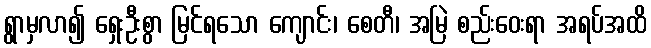
ရွာမှလာ၍ ရှေးဦးစွာ မြင်ရသော ကျောင်း၊ စေတီ၊ အမြဲ စည်းဝေးရာ အရပ်အထိ